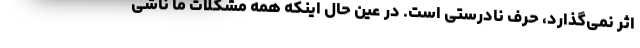
اثر نمی‌گذارد، حرف نادرستی است. در عین حال اینکه همه مشکلات ما ناشی